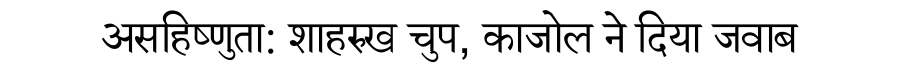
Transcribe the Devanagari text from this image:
असहिष्णुता: शाहरुख चुप, काजोल ने दिया जवाब